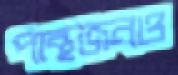
পান্থজনও